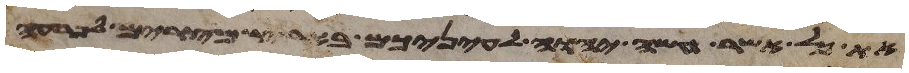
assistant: את כל אשר עשה יהוה לעיניכם בארץ מצרים לפרעה